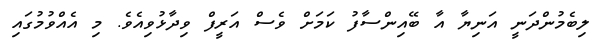
ލިބެމުންދަނީ އަނިޔާ އާ ބޭއިންސާފު ކަމަށް ވެސް އަރީފް ވިދާޅުވިއެވެ. މި އެއްވުމުގައި